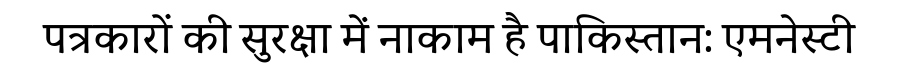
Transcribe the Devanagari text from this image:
पत्रकारों की सुरक्षा में नाकाम है पाकिस्तान: एमनेस्टी